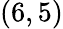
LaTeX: (6,5)